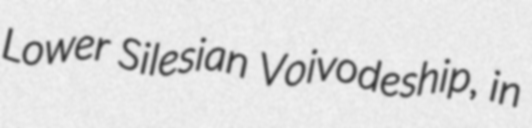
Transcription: Lower Silesian Voivodeship, in